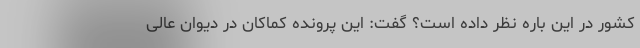
کشور در این باره نظر داده است؟ گفت: این پرونده کماکان در دیوان عالی